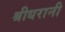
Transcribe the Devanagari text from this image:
श्रीधरानी